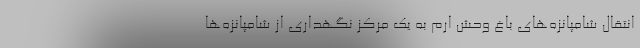
انتقال شامپانزه‌های باغ وحش ارم به یک مرکز نگهداری از شامپانزه‌ها